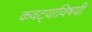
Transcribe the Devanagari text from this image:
कवट्यांविषयी